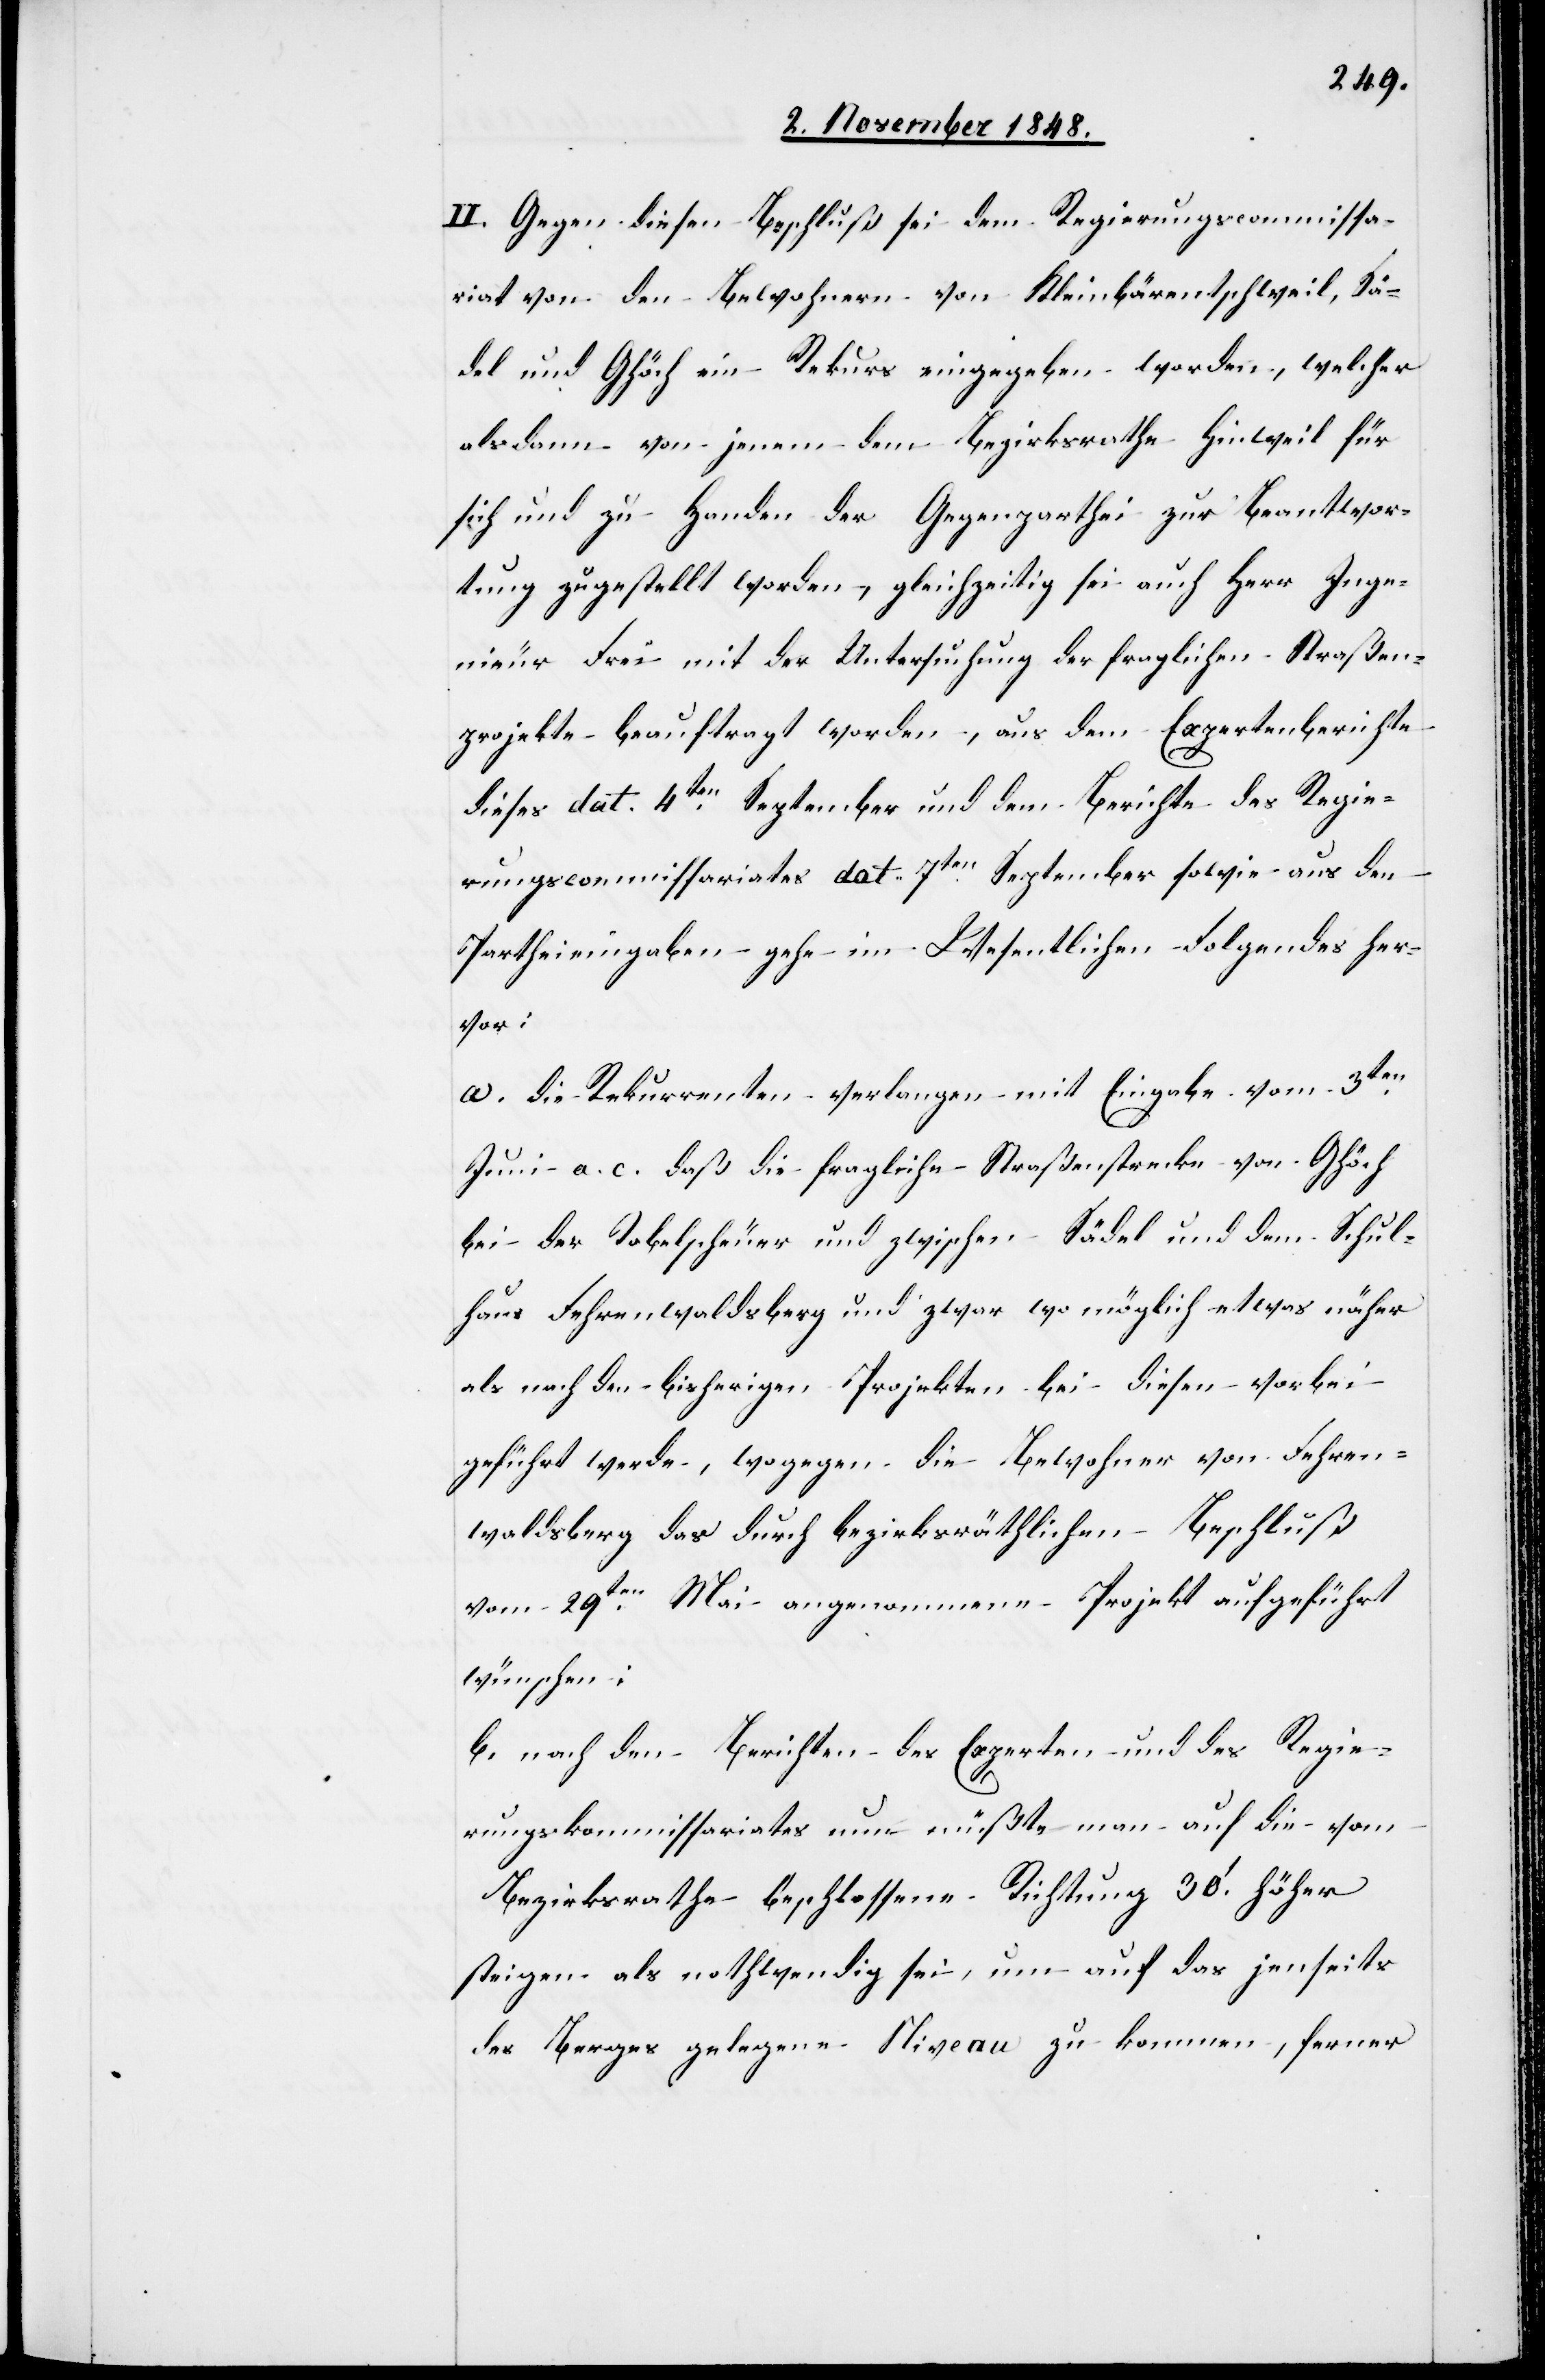
II. Gegen diesen Beschluß sei dem Regierungscommissa¬
riat von den Bewohnern von Kleinbärentschweil, Sä¬
del, und Ghöch ein Rekurs eingegeben worden, welcher
alsdann von jenem dem Bezirksrathe Hinweil für
sich und zu Handen der Gegenparthei zur Beantwor¬
tung zugestellt worden, gleichzeitig sei auch Herrn Inge¬
nieur Frei mit der Untersuchung der fraglichen Straßen¬
projekte beauftragt worden, aus dem Expertenberichte
dieses dat 4ten September und dem Berichte des Regie¬
rungscommissariates dat. 7ten September sowie aus den
Partheieingaben gehe im Wesentlichen Folgendes her¬
vor:
a. die Rekurrenten verlangen mit Eingabe vom 3ten
Juni a. c. daß die fragliche Straßenstrecke von Ghöch
bei der Tobelscheuer und zwischen Sädel und dem Schul¬
haus Fehrenwaldsberg und zwar wo möglich etwas näher
als nach den bisherigen Projekten bei diesen vorbei
geführt werde, wogegen die Bewohner von Fehren¬
waldsberg das durch bezirksräthlichen Beschluß
vom 29ten Mai angenommene Projekt aufgeführt
wünschen:
b. nach den Berichten des Experten und des Regie¬
rungskommissariates nun müßte man auf die vom
Bezirksrathe beschlossene Richtung 30’. höher
steigen als nothwendig sei, um auf das jenseits
des Berges gelegene Niveau zu kommen, ferner